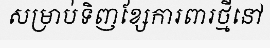
សម្រាប់ទិញខ្សែការពារថ្មីនៅ